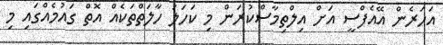
އަހަރެން އޭއެފްސީ އަށް އިލްތިމާސްކުރަން މި ކަހަލަ ހާލަތްތަކެއް އޮތް ގައުމެއްގައި މި